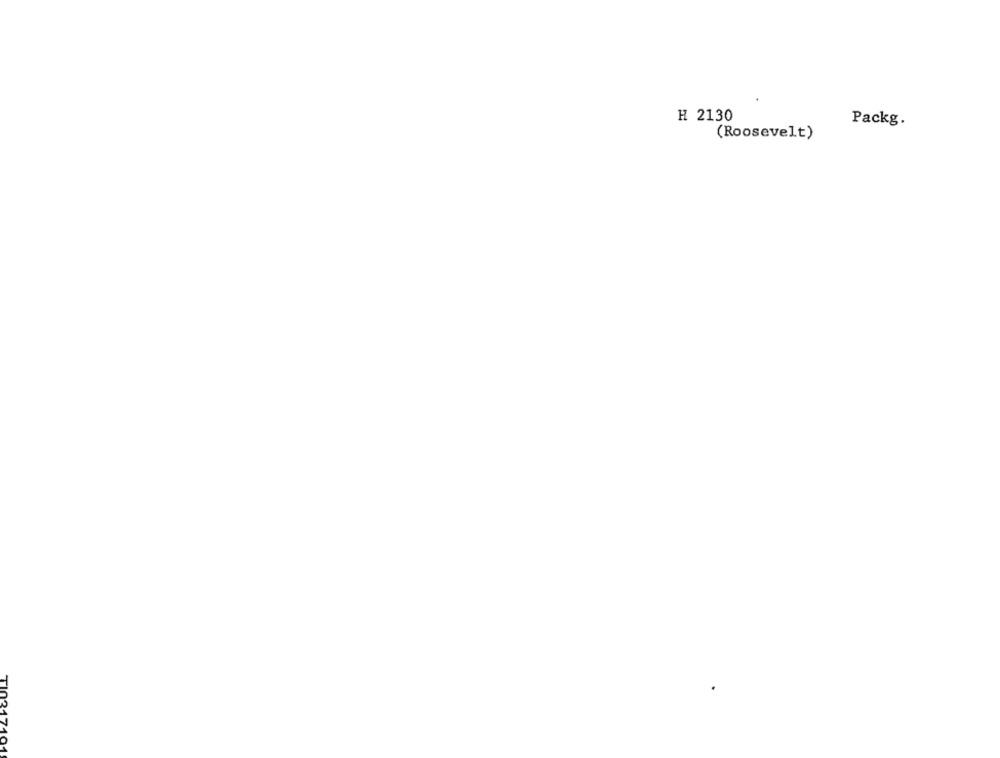
H 2130
Packg.
(Roosevelt)
TI03171
01